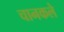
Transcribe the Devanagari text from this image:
चानकले